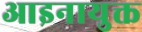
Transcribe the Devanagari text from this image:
आइनायुक्त